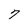
Character: 7